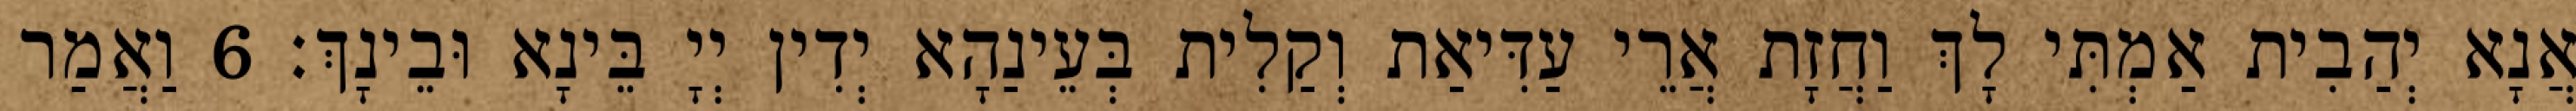
אֲנָא יְהַבִית אַמְתִּי לָךְ וַחֲזָת אֲרֵי עַדִּיאַת וְקַלִית בְּעֵינַהָא יְדִין יְיָ בֵּינָא וּבֵינָךְ׃ 6 וַאֲמַר